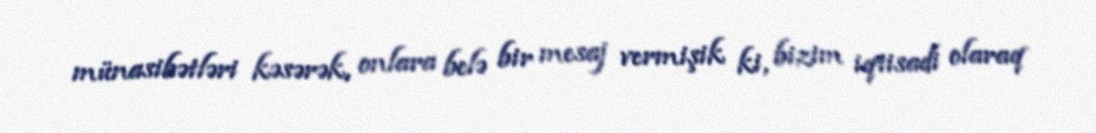
münasibətləri kəsərək, onlara belə bir mesaj vermişik ki, bizim iqtisadi olaraq